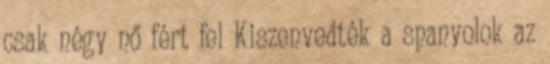
csak négy nő fért fel Kiszenvedték a spanyolok az